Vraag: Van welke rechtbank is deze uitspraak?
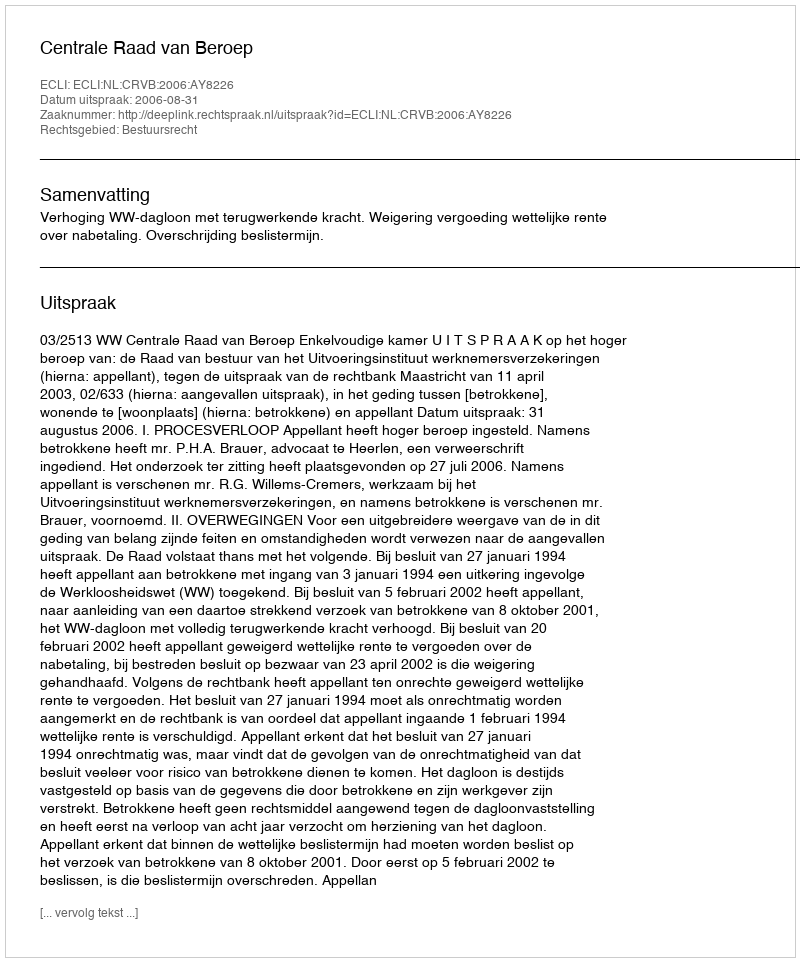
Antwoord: Centrale Raad van Beroep